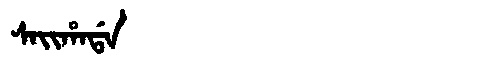
Manchu: ᠰᠠᡳᡥᠠᡩᠠ
Romanization: SAIHADA